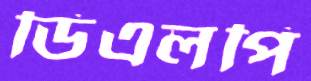
ডিএলপি